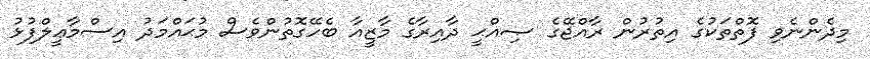
މިދެންނެވި ފޮތްތަކުގެ އިތުރުން ރާއްޖޭގެ ޞިއްޙީ ދާއިރާގެ މާޒީއާ ބެހޭގޮތުންވެސް މުޙައްމަދު އިސްމާޢީލްފުޅު